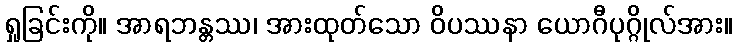
ရှုခြင်းကို။ အာရဘန္တဿ၊ အားထုတ်သော ဝိပဿနာ ယောဂီပုဂ္ဂိုလ်အား။